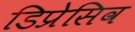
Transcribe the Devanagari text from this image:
डिप्रेसिव